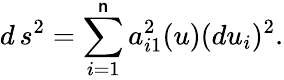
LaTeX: d\, s^{2}=\sum_{i=1}^{\mathsf{n}}a_{i1}^{2}(u)(du_{i})^{2}.